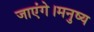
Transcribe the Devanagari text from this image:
जाएंगे।मनुष्य